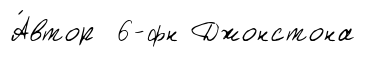
А́втор 6-фн Джонстона